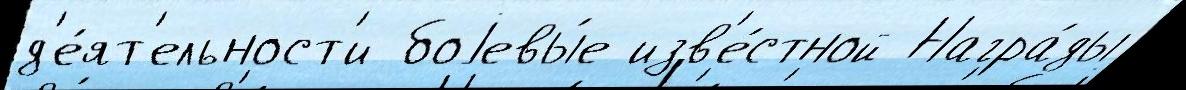
д'е́ят'ельност'и боjевы́е изв'е́стной Награ́ды